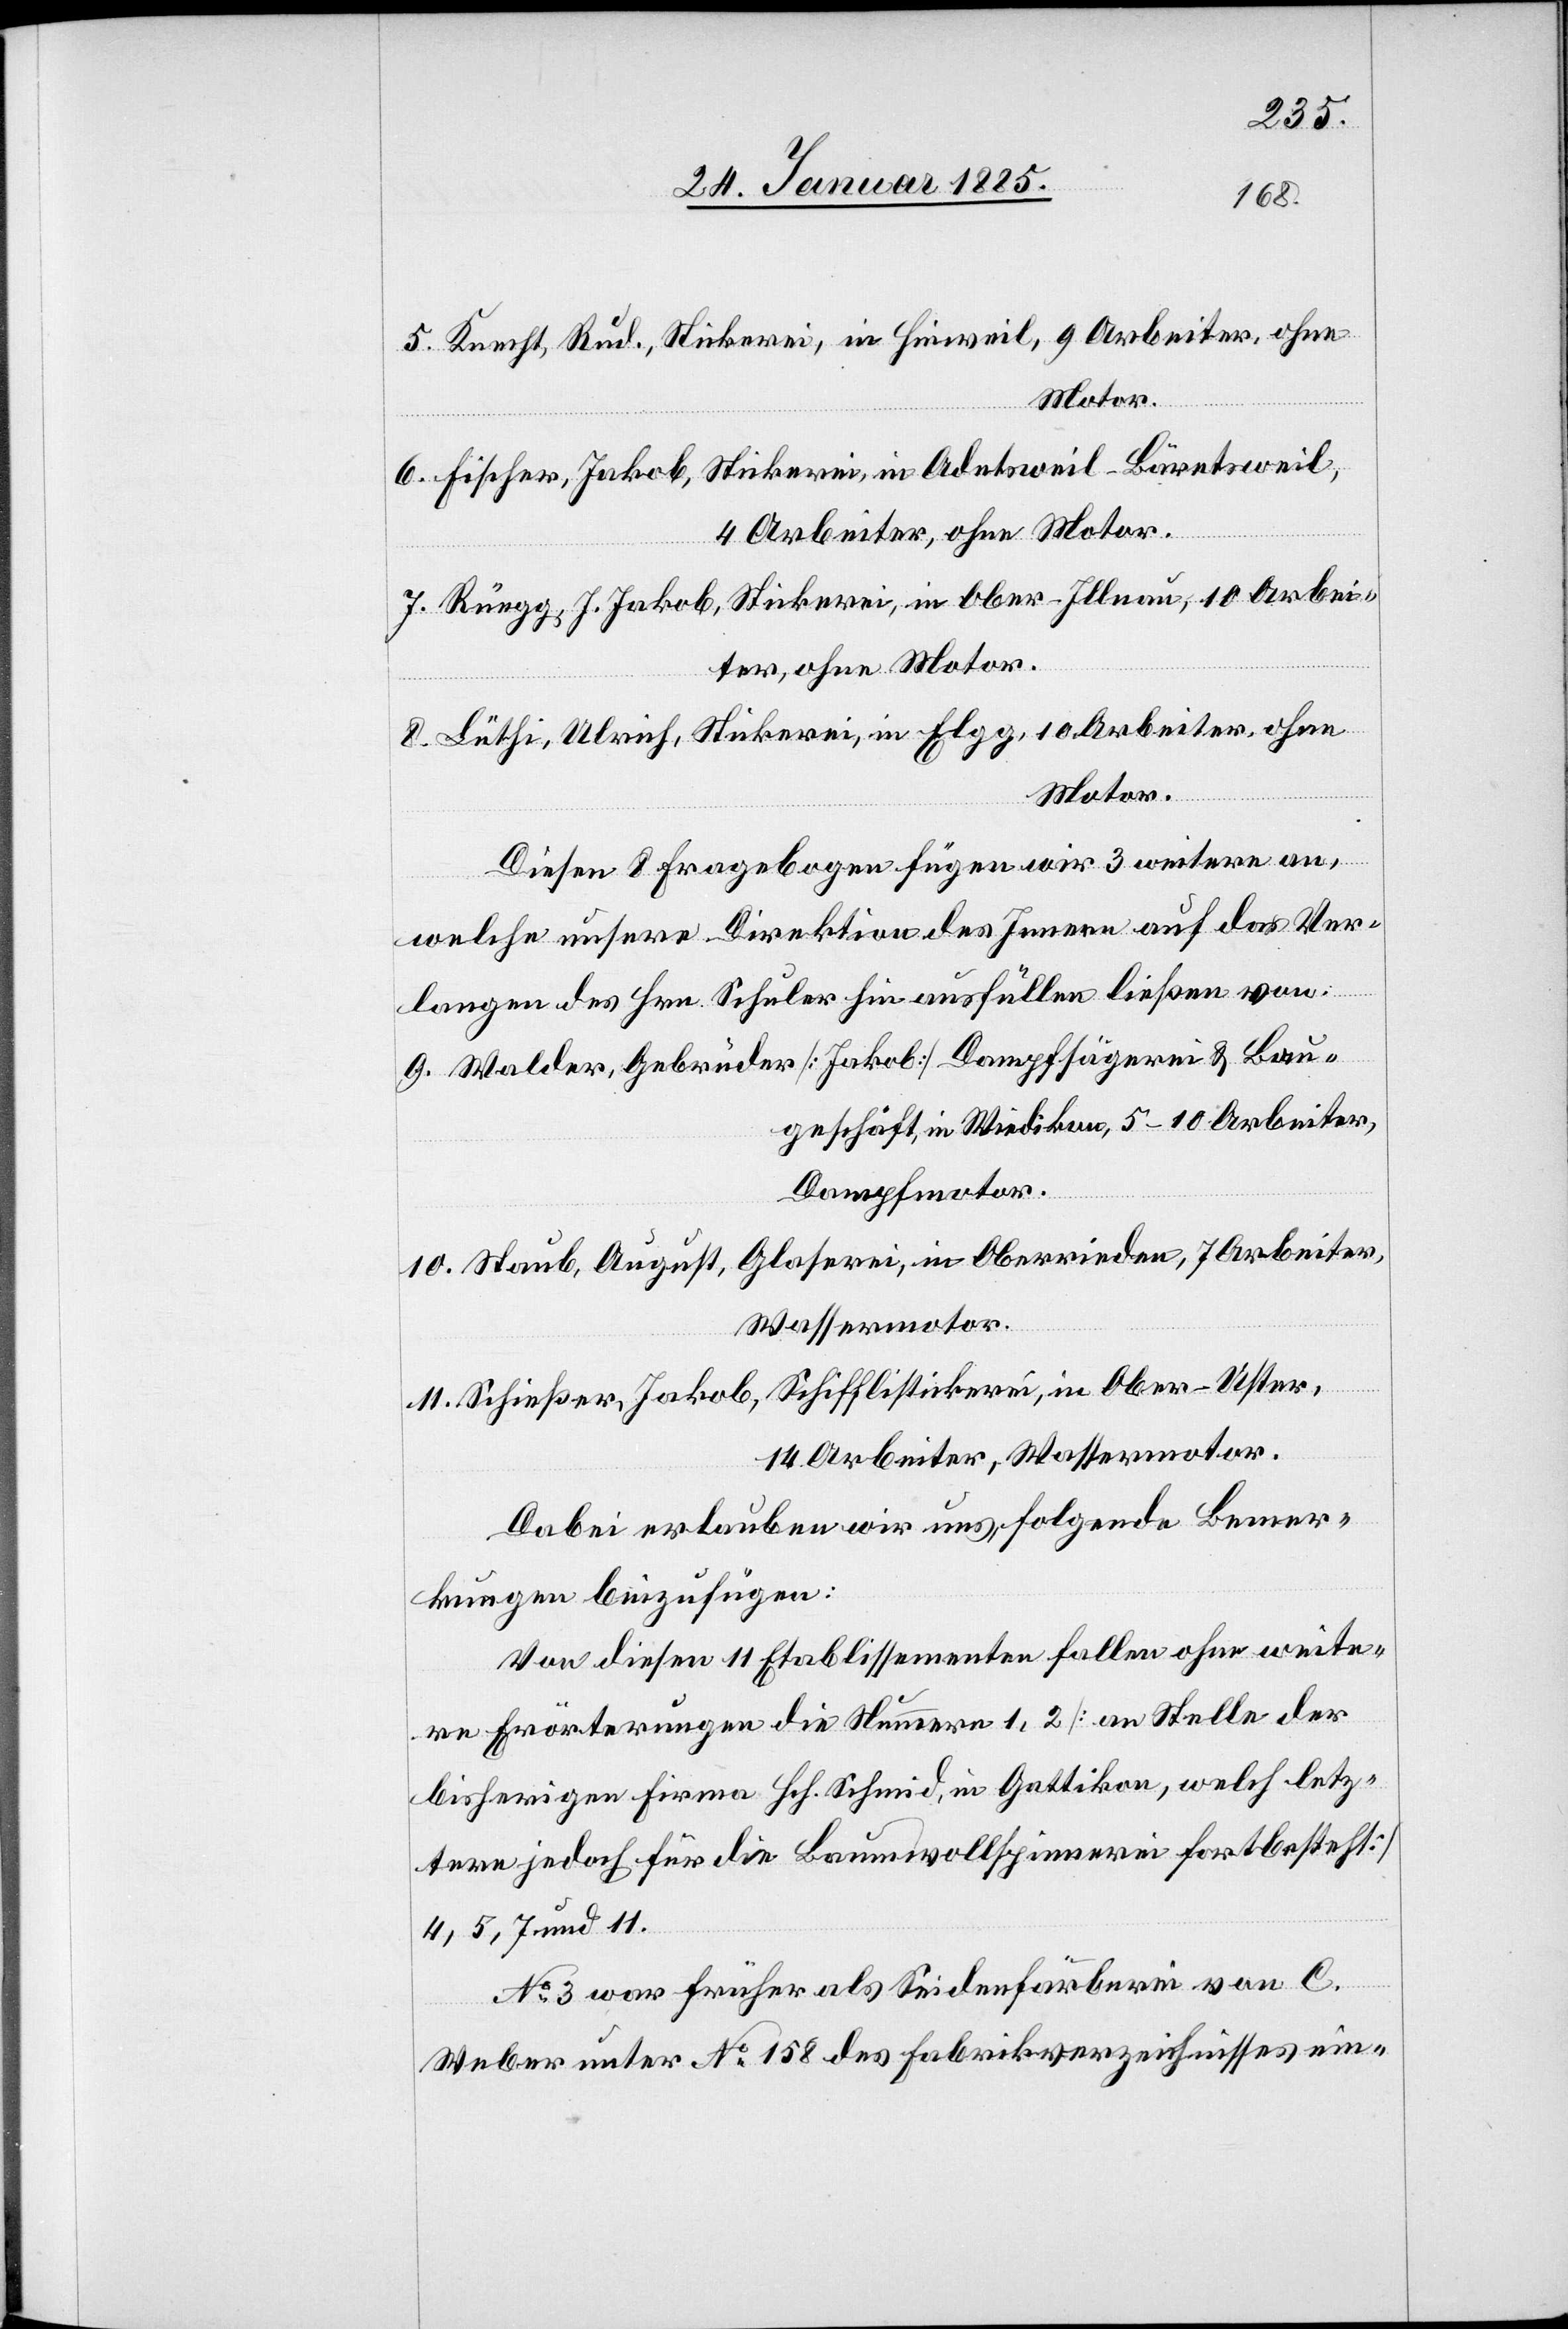
5. Knecht, Rud., Stickerei, in Hinweil, 9 Arbeiter, ohne
Motor.
6. Fischer, Jakob, Stickerei, in Adetsweil - Bäretsweil,
4 Arbeiter, ohne Motor.
7. Rüegg, J. Jakob, Stickerei, in Ober-Illnau, 10 Arbei¬
ter, ohne Motor.
8. Lüthi, Ulrich, Stickerei, in Elgg, 10 Arbeiter, ohne
Motor.
Diesen 8 Fragebogen fügen wir 3 weitere an,
welche unsere Direktion des Innern auf das Ver¬
langen des Hrn. Schuler hin ausfüllen ließen von:
9. Walder, Gebrüder [Jakob] Dampfsägerei & Bau¬
geschäft, in Wiedikon, 5–10 Arbeiter,
Dampfmotor.
10. Staub, August, Glaserei, in Oberrieden, 7 Arbeiter,
Wassermotor.
11. Schießer, Jakob, Schifflistickerei, in Ober-Uster,
14 Arbeiter, Wassermotor.
Dabei erlauben wir uns, folgende Bemer¬
kungen beizufügen:
Von diesen 14 Etablissementen fallen ohne weite¬
re Erörterungen die Nummern 1, 2 [an Stelle der
bisherigen Firma Hch. Schmid, in Gattikon, welch letz¬
tere jedoch für die Baumwollspinnerei fortbesteht]
4, 5, 7, und 11.
No 3 war früher als Seidenfärberei von C.
Weber unter No 158 des Fabrikverzeichnisses ein-